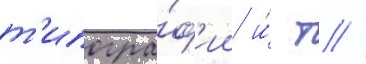
т'ипогра́ф'ии и́ т //